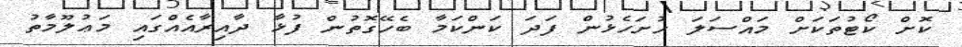
ކޮށް ކޯޓުތަކަށް މައްސަލަ ހުށަހެޅުން ފަދަ ކަންކަމާ ބެހޭގޮތުން ފުޅާ ދާއިރާއެއްގައި މަޢުލޫމާތު